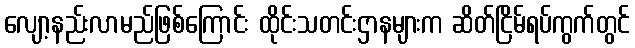
လျော့နည်းလာမည်ဖြစ်ကြောင်း ထိုင်းသတင်းဌာနများက ဆိတ်ငြိမ်ရပ်ကွက်တွင်